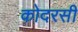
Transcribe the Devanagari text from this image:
कोदरसी